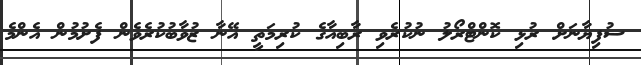
ސުފިޔާނަށް ރުޅި ކޮންޓްރޯލު ނުކުރެވި ރާބިއާގެ ކުރިމަތީ އޭނާ ޒުވާބުކުރެވެން ފެށުމުން އެންމެ